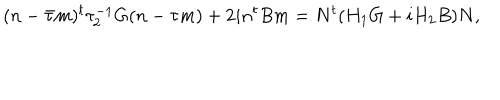
( n - \bar { \tau } m ) ^ { t } \tau _ { 2 } ^ { - 1 } G ( n - \tau m ) + 2 i n ^ { t } B m = N ^ { t } ( H _ { 1 } G + i H _ { 2 } B ) N ,